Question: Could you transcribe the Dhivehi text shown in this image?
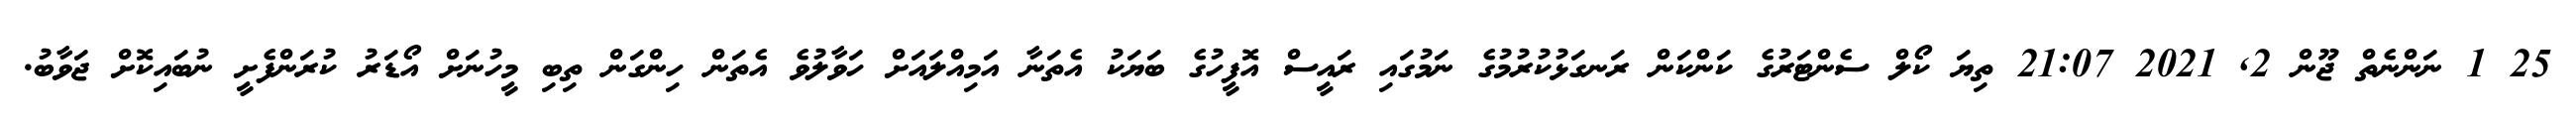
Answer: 25 1 ނަންނެތް ޖޫން 2, 2021 21:07 ތިޔަ ކޯލް ސެންޓަރުގެ ކަންކަން ރަނގަޅުކުރުމުގެ ނަމުގައި ރައީސް އޮފީހުގެ ބަޔަކު އެތަނާ އަމިއްލައަށް ހަވާލުވެ އެތަން ހިންގަން ތިބި މީހުނަށް އޯޑަރު ކުރަންފެށީ ނުބައިކޮށް ޖަވާބު.